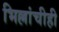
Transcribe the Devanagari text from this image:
भिल्लांचीही